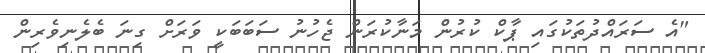
"އެ ސަރައްދުތަކުގައި ޕާކް ކުރުން މަނާކުރަން ޖެހުނު ސަބަބަކީ ވަރަށް ގިނަ ބެލެނިވެރިން